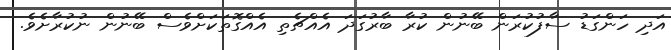
އަދި ހަންގަޑު ސާފުކުރަން ބޭނުން ކުރާ ބާރުގަދަ އެއްޗެތި އެއްގޮތަކަށްވެސް ބޭނުން ނުކުރާށެވެ.